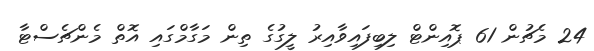
24 މެޗުން 61 ޕޮއިންޓް ލިބިފައިވާއިރު ލީގުގެ ތިން މަގާމްގައި އޮތް މެންޗެސްޓާ